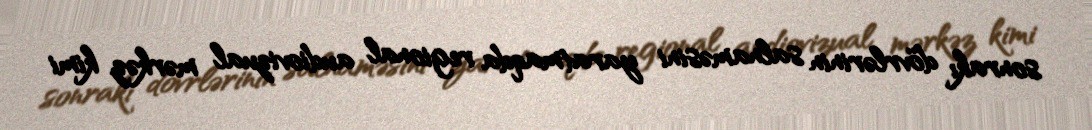
sonrakı dövrlərinin salnaməsini yaratmaqda regional audiovizual mərkəz kimi